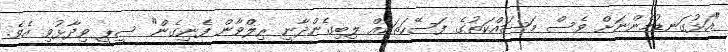
"އަޅުގަނޑުމެންނަށް ވެސް މަސައްކަތުގެ ފަސޭހަތަކެއް ލިބިގެންދާނީ ރިލްވާން ފެނިގެން" ސީޕީ ވިދާޅުވި އެވެ.